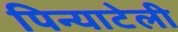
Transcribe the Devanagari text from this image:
पिन्याटेली